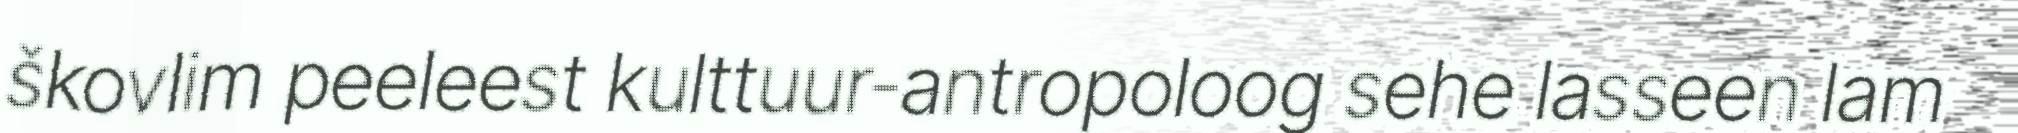
škovlim peeleest kulttuur-antropoloog sehe lasseen lam